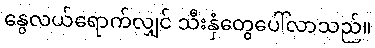
နွေလယ်ရောက်လျှင် သီးနှံတွေပေါ်လာသည်။